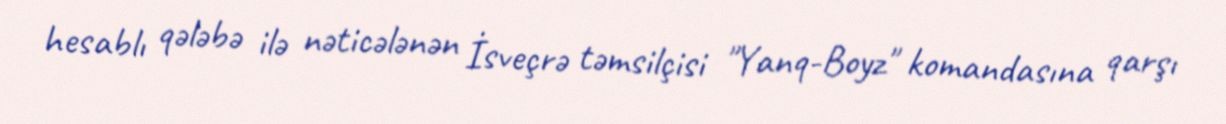
hesablı qələbə ilə nəticələnən İsveçrə təmsilçisi "Yanq-Boyz" komandasına qarşı